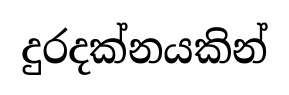
දුරදක්නයකින්